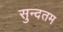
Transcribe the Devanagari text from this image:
सुन्दतम